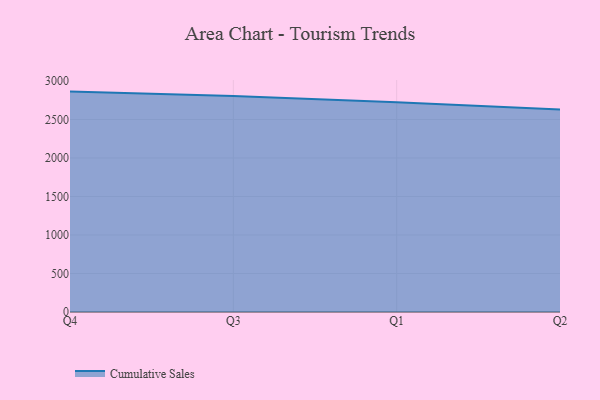
{"axis": {"x": "Quarter", "y": "Budget (USD K)"}, "legend": ["Cumulative Sales"], "data": [{"x": "Q4", "y": 2861.9, "type": "Cumulative Sales"}, {"x": "Q3", "y": 2804.2, "type": "Cumulative Sales"}, {"x": "Q1", "y": 2725.1, "type": "Cumulative Sales"}, {"x": "Q2", "y": 2629.1, "type": "Cumulative Sales"}]}